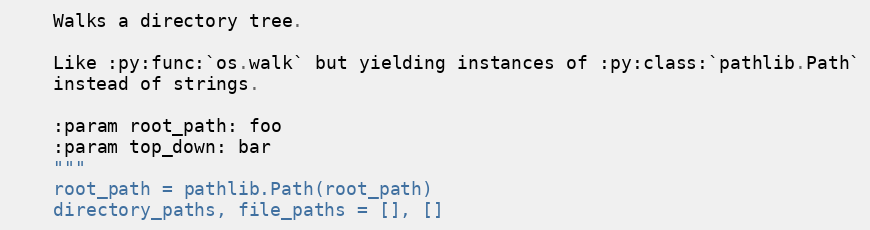
Language: Python
    Walks a directory tree.

    Like :py:func:`os.walk` but yielding instances of :py:class:`pathlib.Path`
    instead of strings.

    :param root_path: foo
    :param top_down: bar
    """
    root_path = pathlib.Path(root_path)
    directory_paths, file_paths = [], []